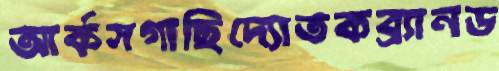
আর্কসগাছিদ্যোতকব্র্যানড